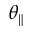
\theta _ { \| }